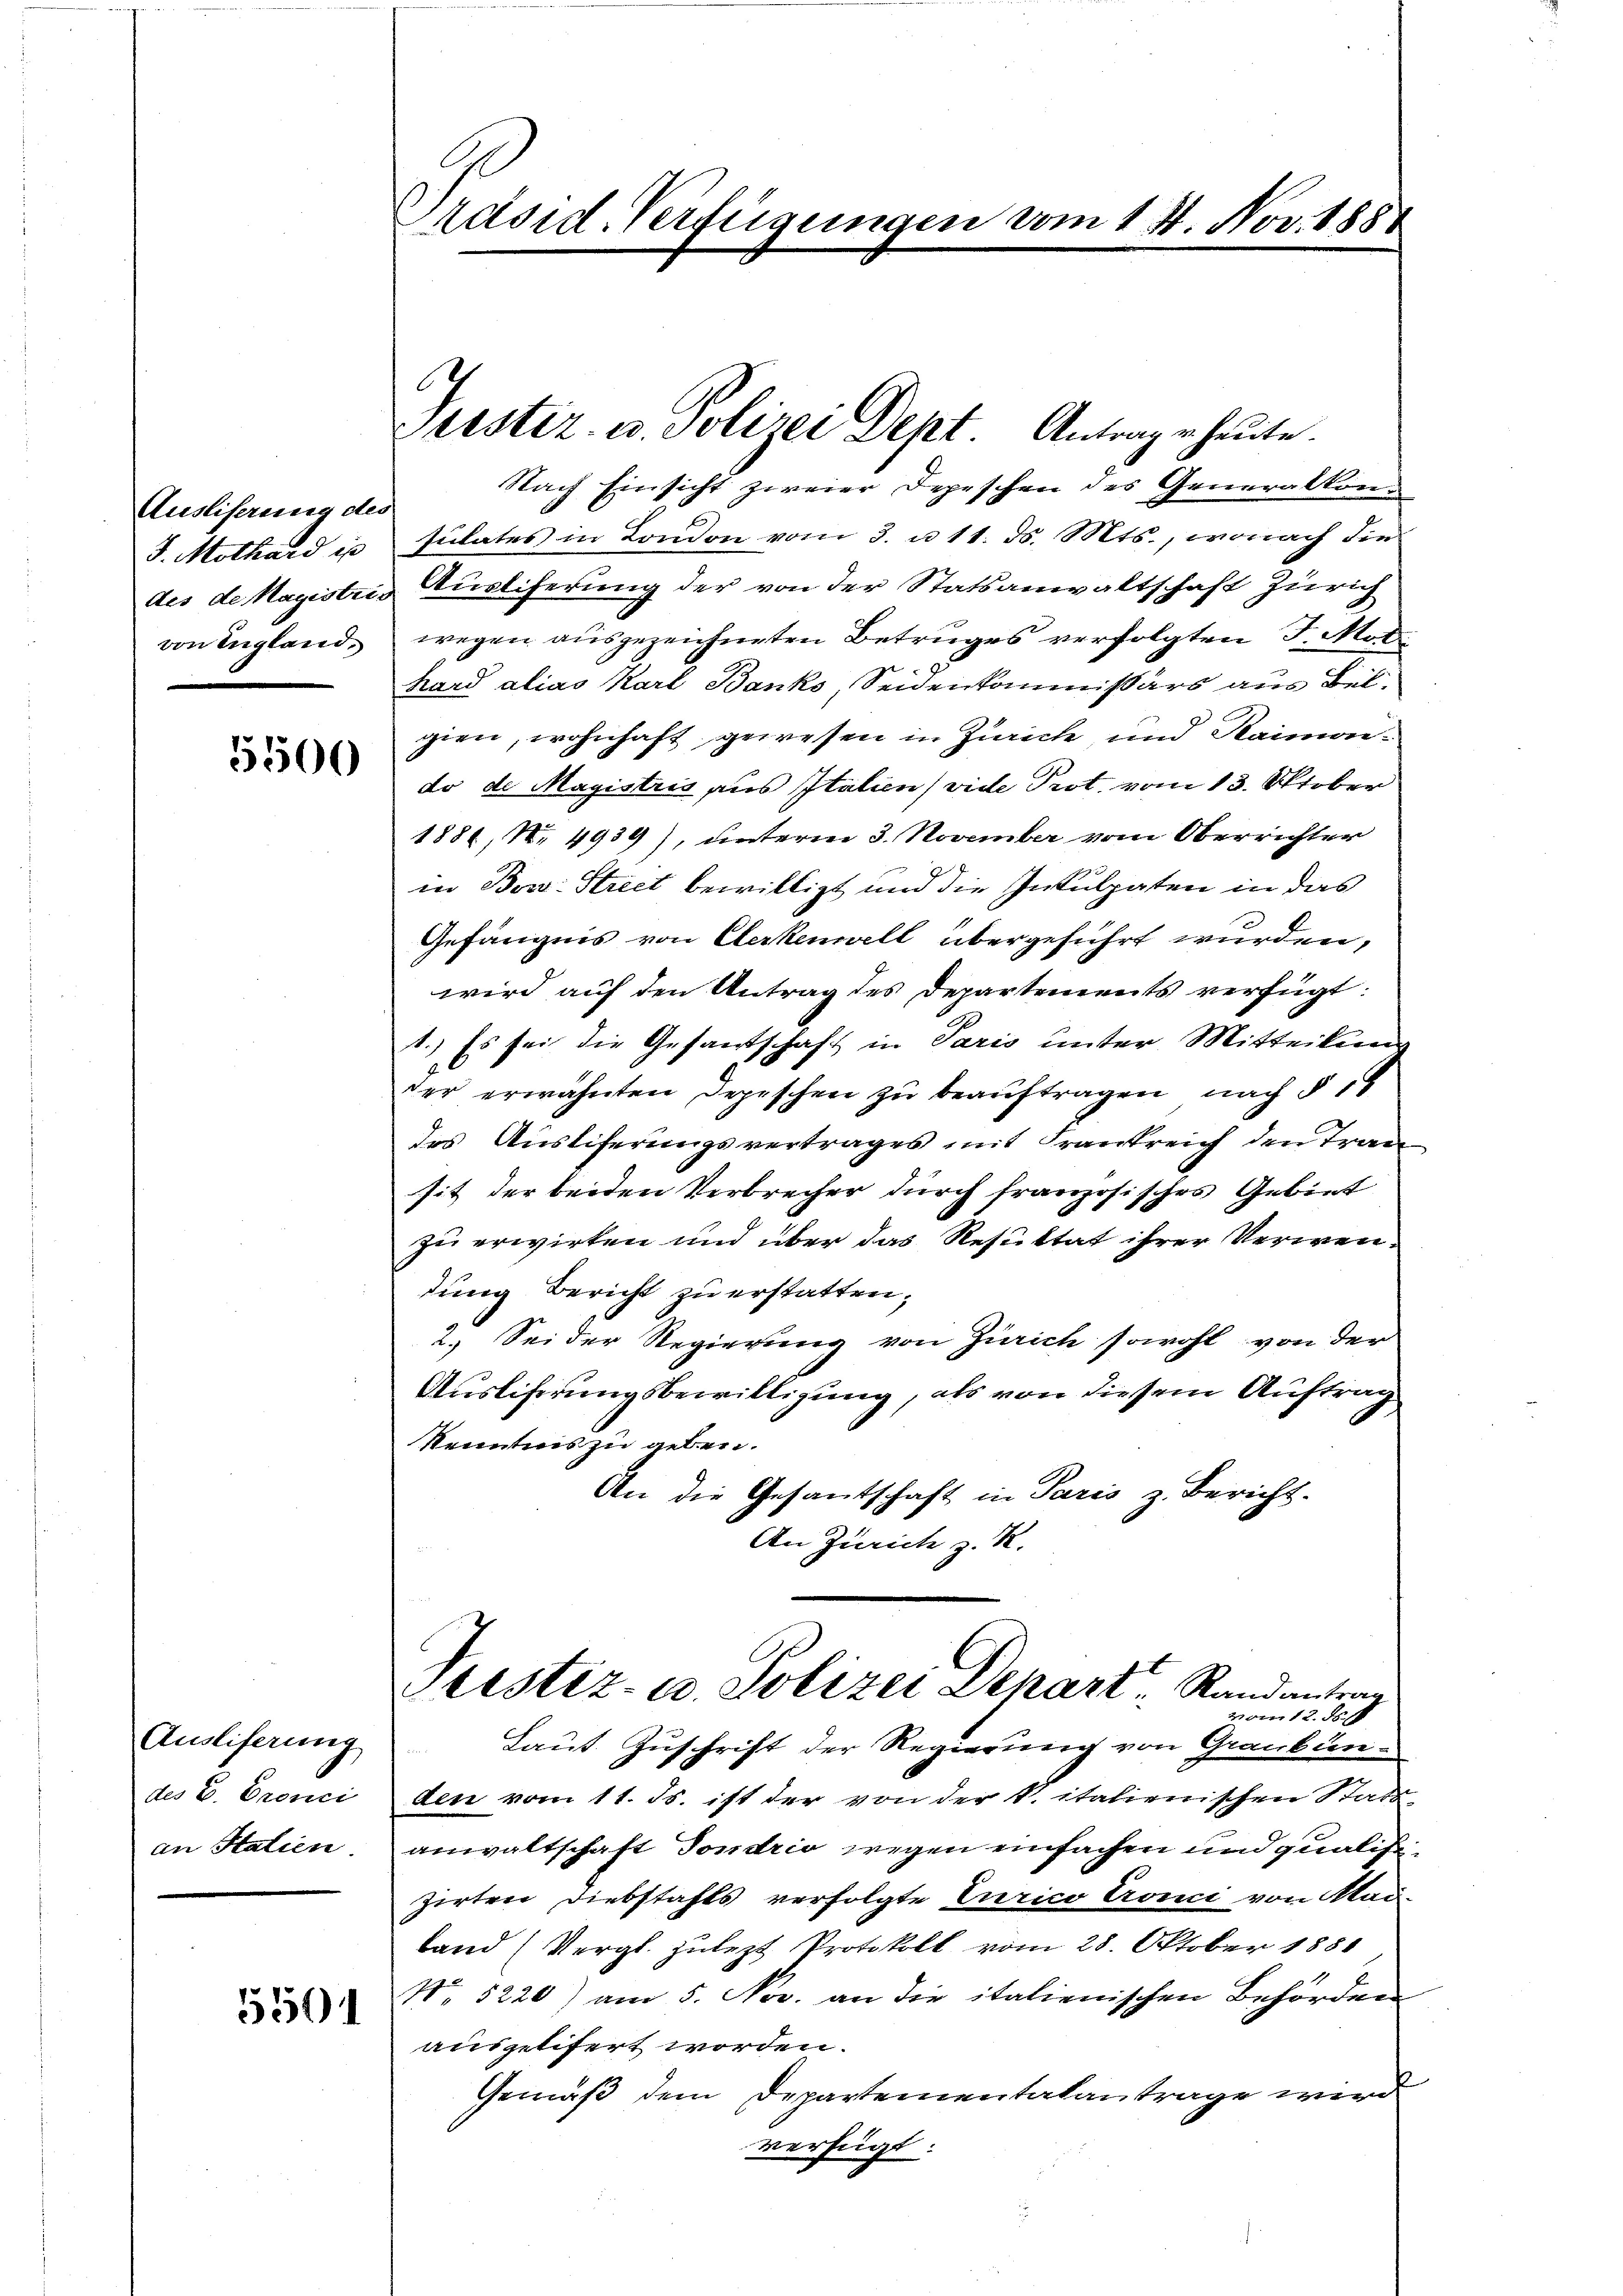
Ausliserung des
J. Mothard is
von England.

5500

Ausliferung
des E. Bronci
an Stalien.

5501

räsid. Verfügungen vom 14. Nov. 1888

Nach Einsicht zweier Depeschen des Generalkonsulates in London vom 3. u 11. ds. Mts., wonach die
des de Magistris Ausliferung der von der Statsanwaltschaft Zürich
wegen ausgezeichneten Betruges verfolgten J. Mot
hard alias Karl Banks, Seidenkommissärs aus Beigien, wohnhaft gewesen in Zürich, und Raimodo de Magistris aus Italien) vide Prot. vom 13. Oktober
1886, N. 4939), unterm 3. November vom Oberrichter
in Bos: Street bewilligt und die Inkulpaten in das
Gefängnis von Cerkennell übergeführt wurden,
wird auf den Antrag des Departements verfügt:
1.) Es sei die Gesantschaft in Paris unter Mitteilung
der erwähnten Depeschen zu beauftragen, nach § 1
des Ausliferungsvertrages mit Frankreich den Tran
sit der beiden Verbrecher durch französisches Gebiet
zu erwirken und über das Resultat ihrer Verwentung Bericht zu erstatten.
2. Sei der Regierung von Zürich sowohl von der
Ausliferungsbewilligung, als von diesem Auftrag
kenntnis zu geben.
An die Gesantschaft in Paris z. Bericht.
An Zürich z. R.
Prestiz- u. Polizei Depart Randantrag
vom 12. d.
Laut Zuschrift der Regierung von Graubünden vom 11. Js. ist der von der k. italienischen Stadts-
anwaltschaft Sondrio wegen einfachen und qualifizirten Diebstahls verfolgte Errico Cronci von Mai-
Land (Vergl. zulezt Protokoll vom 28. Oktober 1881
No 5220) am 5. Nov. an die italienischen Behörden
ausgelifert worden.
Gemäß dem Departementalantrage wird
verfügt:

.

Peestiz- u. Polizei Dept. Antrage heute.